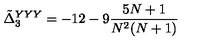
\tilde { \Delta } _ { 3 } ^ { Y Y Y } = - 1 2 - 9 { \frac { 5 N + 1 } { N ^ { 2 } ( N + 1 ) } }